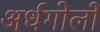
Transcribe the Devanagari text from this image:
अर्धगोलों